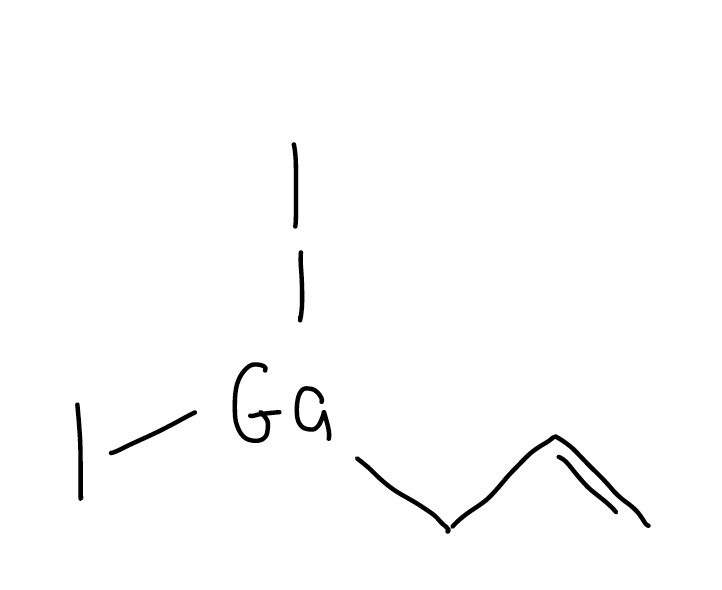
Simplified molecular-input line-entry system (SMILES) notation of the given molecule:
C=CC[Ga](I)I